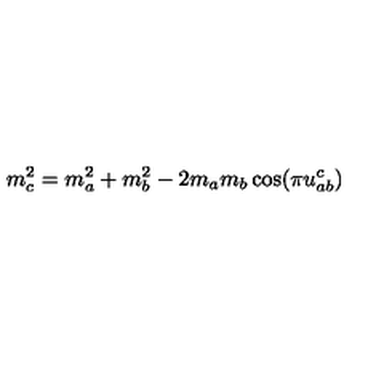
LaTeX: m _ { c } ^ { 2 } = m _ { a } ^ { 2 } + m _ { b } ^ { 2 } - 2 m _ { a } m _ { b } \cos ( \pi u _ { a b } ^ { c } )